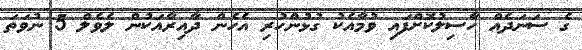
ގެ ސަނަދެއް ހާސިލުކޮށްފައި ވުމާއެކު ގުޅުންހުރި އެހެން ދާއިރާއަކުން ލެވެލް 5 ނުވަތަ